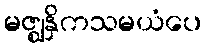
မဇ္ဈနှိကသမယံပေ